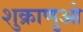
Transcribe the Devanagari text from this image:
शुक्राणुओ